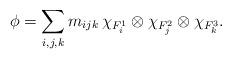
LaTeX: \begin{align*}\phi = \sum_{i,j,k} m_{ijk}\,\chi_{F_i^1} \otimes \chi_{F_j^2} \otimes \chi_{F_k^3}.\end{align*}